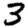
Digit: 3